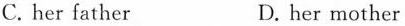
C. her father D. her mother